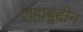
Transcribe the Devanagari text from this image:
शहाबूद्दीन